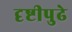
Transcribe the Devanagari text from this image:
दृष्टीपुढे